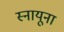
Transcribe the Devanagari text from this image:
स्नायूना